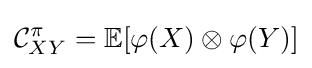
{\mathcal {C}}_{XY}^{\pi }=\mathbb {E} [\varphi (X)\otimes \varphi (Y)]